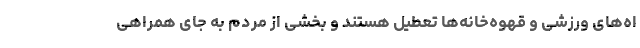
اه‌های ورزشی و قهوه‌خانه‌ها تعطیل هستند و بخشی از مردم به جای همراهی